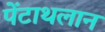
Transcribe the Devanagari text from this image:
पेंटाथलान